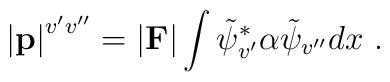
\left|{\bf p}\right|^{v^\prime v^{\prime\prime}}=\vert {\bf F}\vert \int \tilde{\psi}_{v^\prime}^\ast \alpha\tilde{\psi}_{v^{\prime\prime}}dx~.